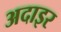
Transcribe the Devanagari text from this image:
अदाइर